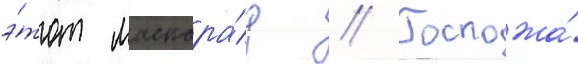
э́тот маскара́д // Госпожа́